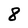
Character: 8